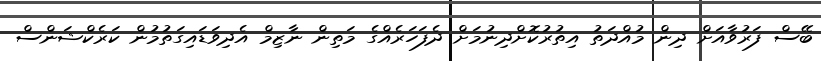
ބޭސް ފަރުވާއަށް ދިން މުއްދަތު އިތުރުކޮށްދިނުމަށް ދެފަހަރެއްގެ މަތިން ނާޒިމް އެދިވަޑައިގަތުމުން ކަރެކްޝަންސް